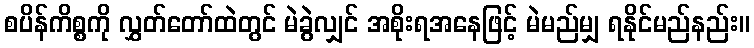
စပိန်ကိစ္စကို လွှတ်တော်ထဲတွင် မဲခွဲလျှင် အစိုးရအနေဖြင့် မဲမည်မျှ ရနိုင်မည်နည်း။